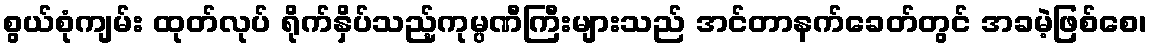
စွယ်စုံကျမ်း ထုတ်လုပ် ရိုက်နှိပ်သည့်ကုမ္ပဏီကြီးများသည် အင်တာနက်ခေတ်တွင် အခမဲ့ဖြစ်စေ၊